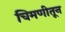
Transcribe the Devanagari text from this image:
चिमणीतून